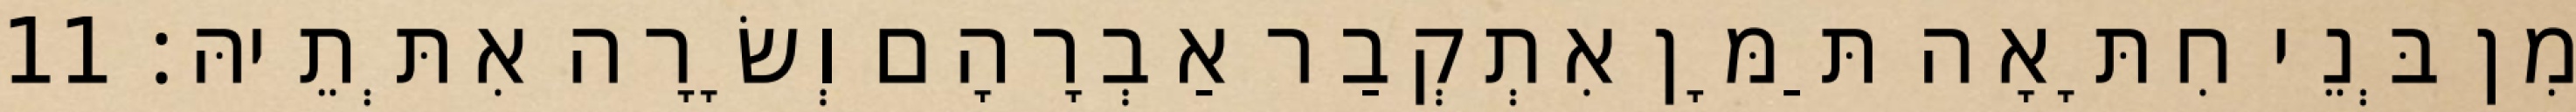
מִן בְּנֵי חִתָּאָה תַּמָּן אִתְקְבַר אַבְרָהָם וְשָׂרָה אִתְּתֵיהּ׃ 11